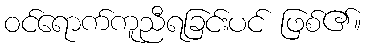
ဝင်ရောက်ကူညီရခြင်းပင် ဖြစ်၏။